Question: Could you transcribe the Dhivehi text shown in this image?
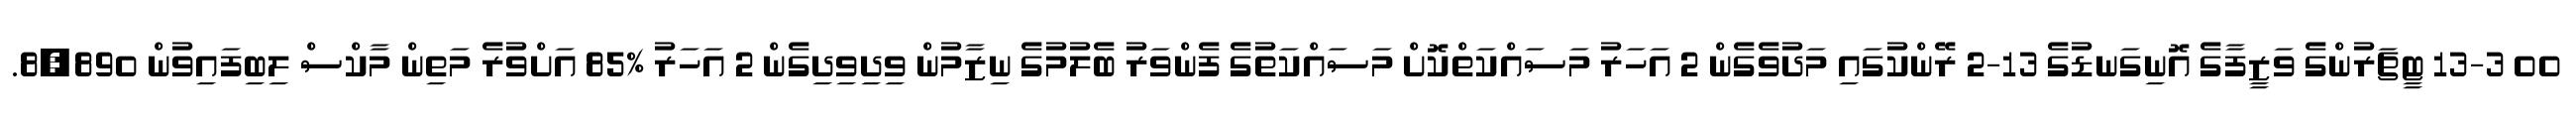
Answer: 00 13-3 ޓީޗަރުންގެ ވަޒީފާގެ އޮނިގަނޑުގެ 13-2 ރޭންކުގައި މަދުވެގެން 2 އަހަރު މަސައްކަތްކޮށް މަސައްކަތުގެ ފެންވަރު ބެލުމުގެ ނިޒާމުން ވިދިވިދިގެން 2 އަހަރު %85 އަށްވުރެ މަތިން މާކްސް ލިބިފައިވުން 8,890.